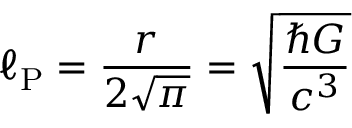
\ell _ { \mathrm { P } } = { \frac { r } { 2 { \sqrt { \pi } } } } = { \sqrt { \frac { \hbar G } { c ^ { 3 } } } }